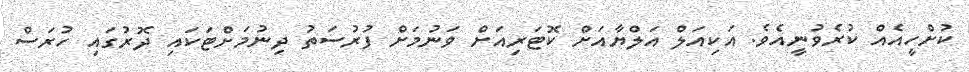
ކުށްހީއެއް ކުރެވުނީއެވެ. އަކިއަލް އަލްޔާއަށް ކޮޓަރިއަށް ވަނުމަށް ފުރުސަތު ދިނުމަށްޓަކައި ދޮރުގައި ހުރަސް